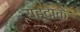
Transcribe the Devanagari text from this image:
यहूदाके